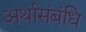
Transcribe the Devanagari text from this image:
अर्थासंबंधि